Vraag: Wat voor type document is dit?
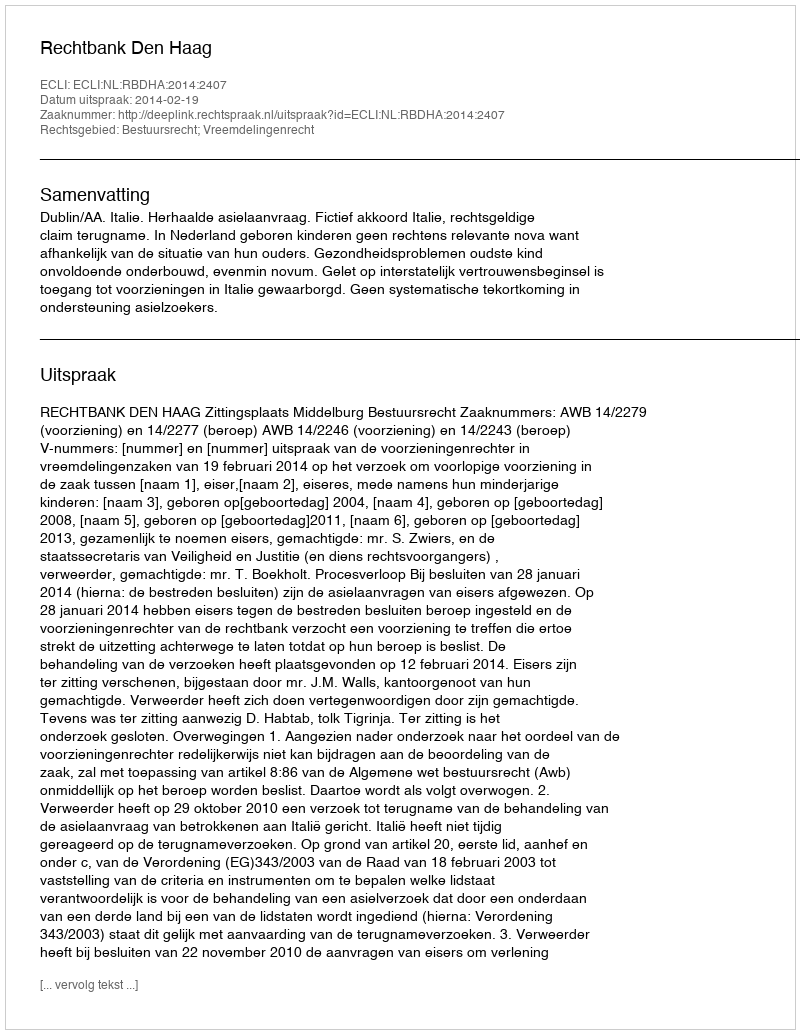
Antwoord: Uitspraak